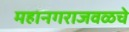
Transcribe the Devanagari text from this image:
महानगराजवळचे